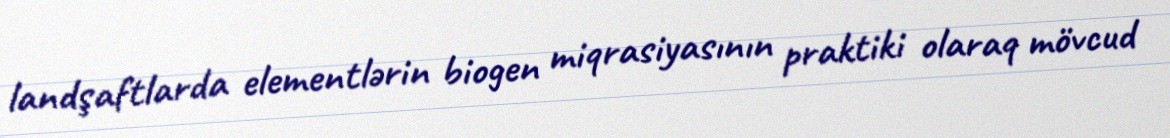
landşaftlarda elementlərin biogen miqrasiyasının praktiki olaraq mövcud